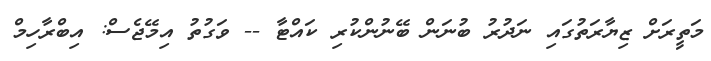
މަތީރަށް ޒިޔާރަތުގައި ނަދުރު ބުނަން ބޭނުންކުރި ކައްޓާ -- ވަގުތު އިމޭޖެސް: އިބްރާހިމް